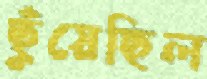
ছুঁয়েছিল